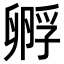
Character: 孵